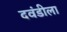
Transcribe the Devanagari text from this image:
दवंडीला